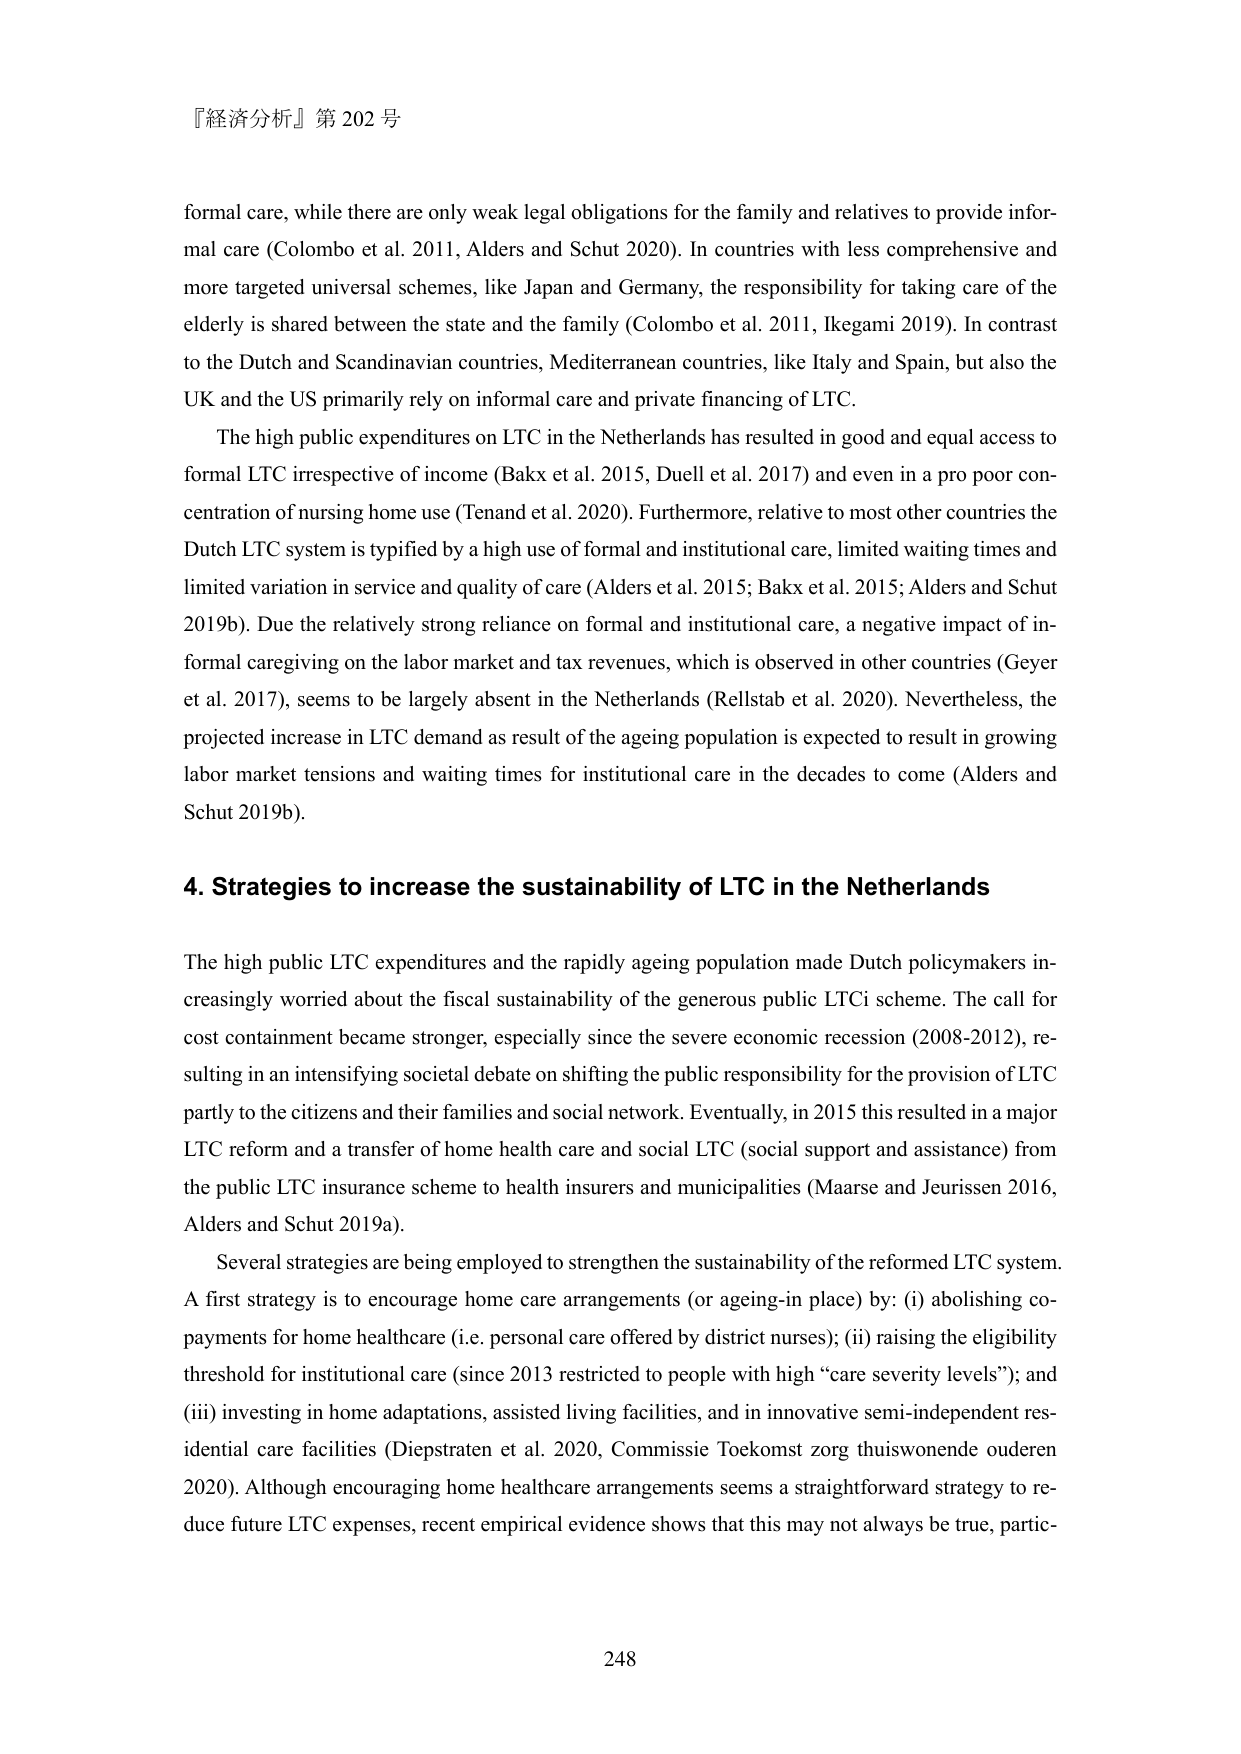
『経済分析』第 202 号

formal care, while there are only weak legal obligations for the family and relatives to provide informal care (Colombo et al. 2011, Alders and Schut 2020). In countries with less comprehensive and more targeted universal schemes, like Japan and Germany, the responsibility for taking care of the elderly is shared between the state and the family (Colombo et al. 2011, Ikegami 2019). In contrast to the Dutch and Scandinavian countries, Mediterranean countries, like Italy and Spain, but also the UK and the US primarily rely on informal care and private financing of LTC.

The high public expenditures on LTC in the Netherlands has resulted in good and equal access to formal LTC irrespective of income (Bakx et al. 2015, Duell et al. 2017) and even in a pro poor concentration of nursing home use (Tenand et al. 2020). Furthermore, relative to most other countries the Dutch LTC system is typified by a high use of formal and institutional care, limited waiting times and limited variation in service and quality of care (Alders et al. 2015; Bakx et al. 2015; Alders and Schut 2019b). Due the relatively strong reliance on formal and institutional care, a negative impact of informal caregiving on the labor market and tax revenues, which is observed in other countries (Geyer et al. 2017), seems to be largely absent in the Netherlands (Rellstab et al. 2020). Nevertheless, the projected increase in LTC demand as result of the ageing population is expected to result in growing labor market tensions and waiting times for institutional care in the decades to come (Alders and Schut 2019b).

4. Strategies to increase the sustainability of LTC in the Netherlands

The high public LTC expenditures and the rapidly ageing population made Dutch policymakers increasingly worried about the fiscal sustainability of the generous public LTCi scheme. The call for cost containment became stronger, especially since the severe economic recession (2008-2012), resulting in an intensifying societal debate on shifting the public responsibility for the provision of LTC partly to the citizens and their families and social network. Eventually, in 2015 this resulted in a major LTC reform and a transfer of home health care and social LTC (social support and assistance) from the public LTC insurance scheme to health insurers and municipalities (Maarse and Jeurissen 2016, Alders and Schut 2019a).

Several strategies are being employed to strengthen the sustainability of the reformed LTC system. A first strategy is to encourage home care arrangements (or ageing-in place) by: (i) abolishing co-payments for home healthcare (i.e. personal care offered by district nurses); (ii) raising the eligibility threshold for institutional care (since 2013 restricted to people with high “care severity levels”); and (iii) investing in home adaptations, assisted living facilities, and in innovative semi-independent residential care facilities (Diepstraten et al. 2020, Commissie Toekomst zorg thuiswonende ouderen 2020). Although encouraging home healthcare arrangements seems a straightforward strategy to reduce future LTC expenses, recent empirical evidence shows that this may not always be true, partic-

248